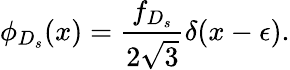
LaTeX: \phi_{D_{s}}(x)={\frac{f_{D_{s}}}{2\sqrt 3}}\delta(x-\epsilon).